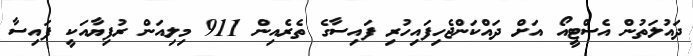
ދައުލަތުން އެސްޓީއޯ އަށް ދައްކަންޖެހިފައިހުރި ފައިސާގެ ތެރެއިން 911 މިލިއަން ރުފިޔާއަކީ ފައިސާ